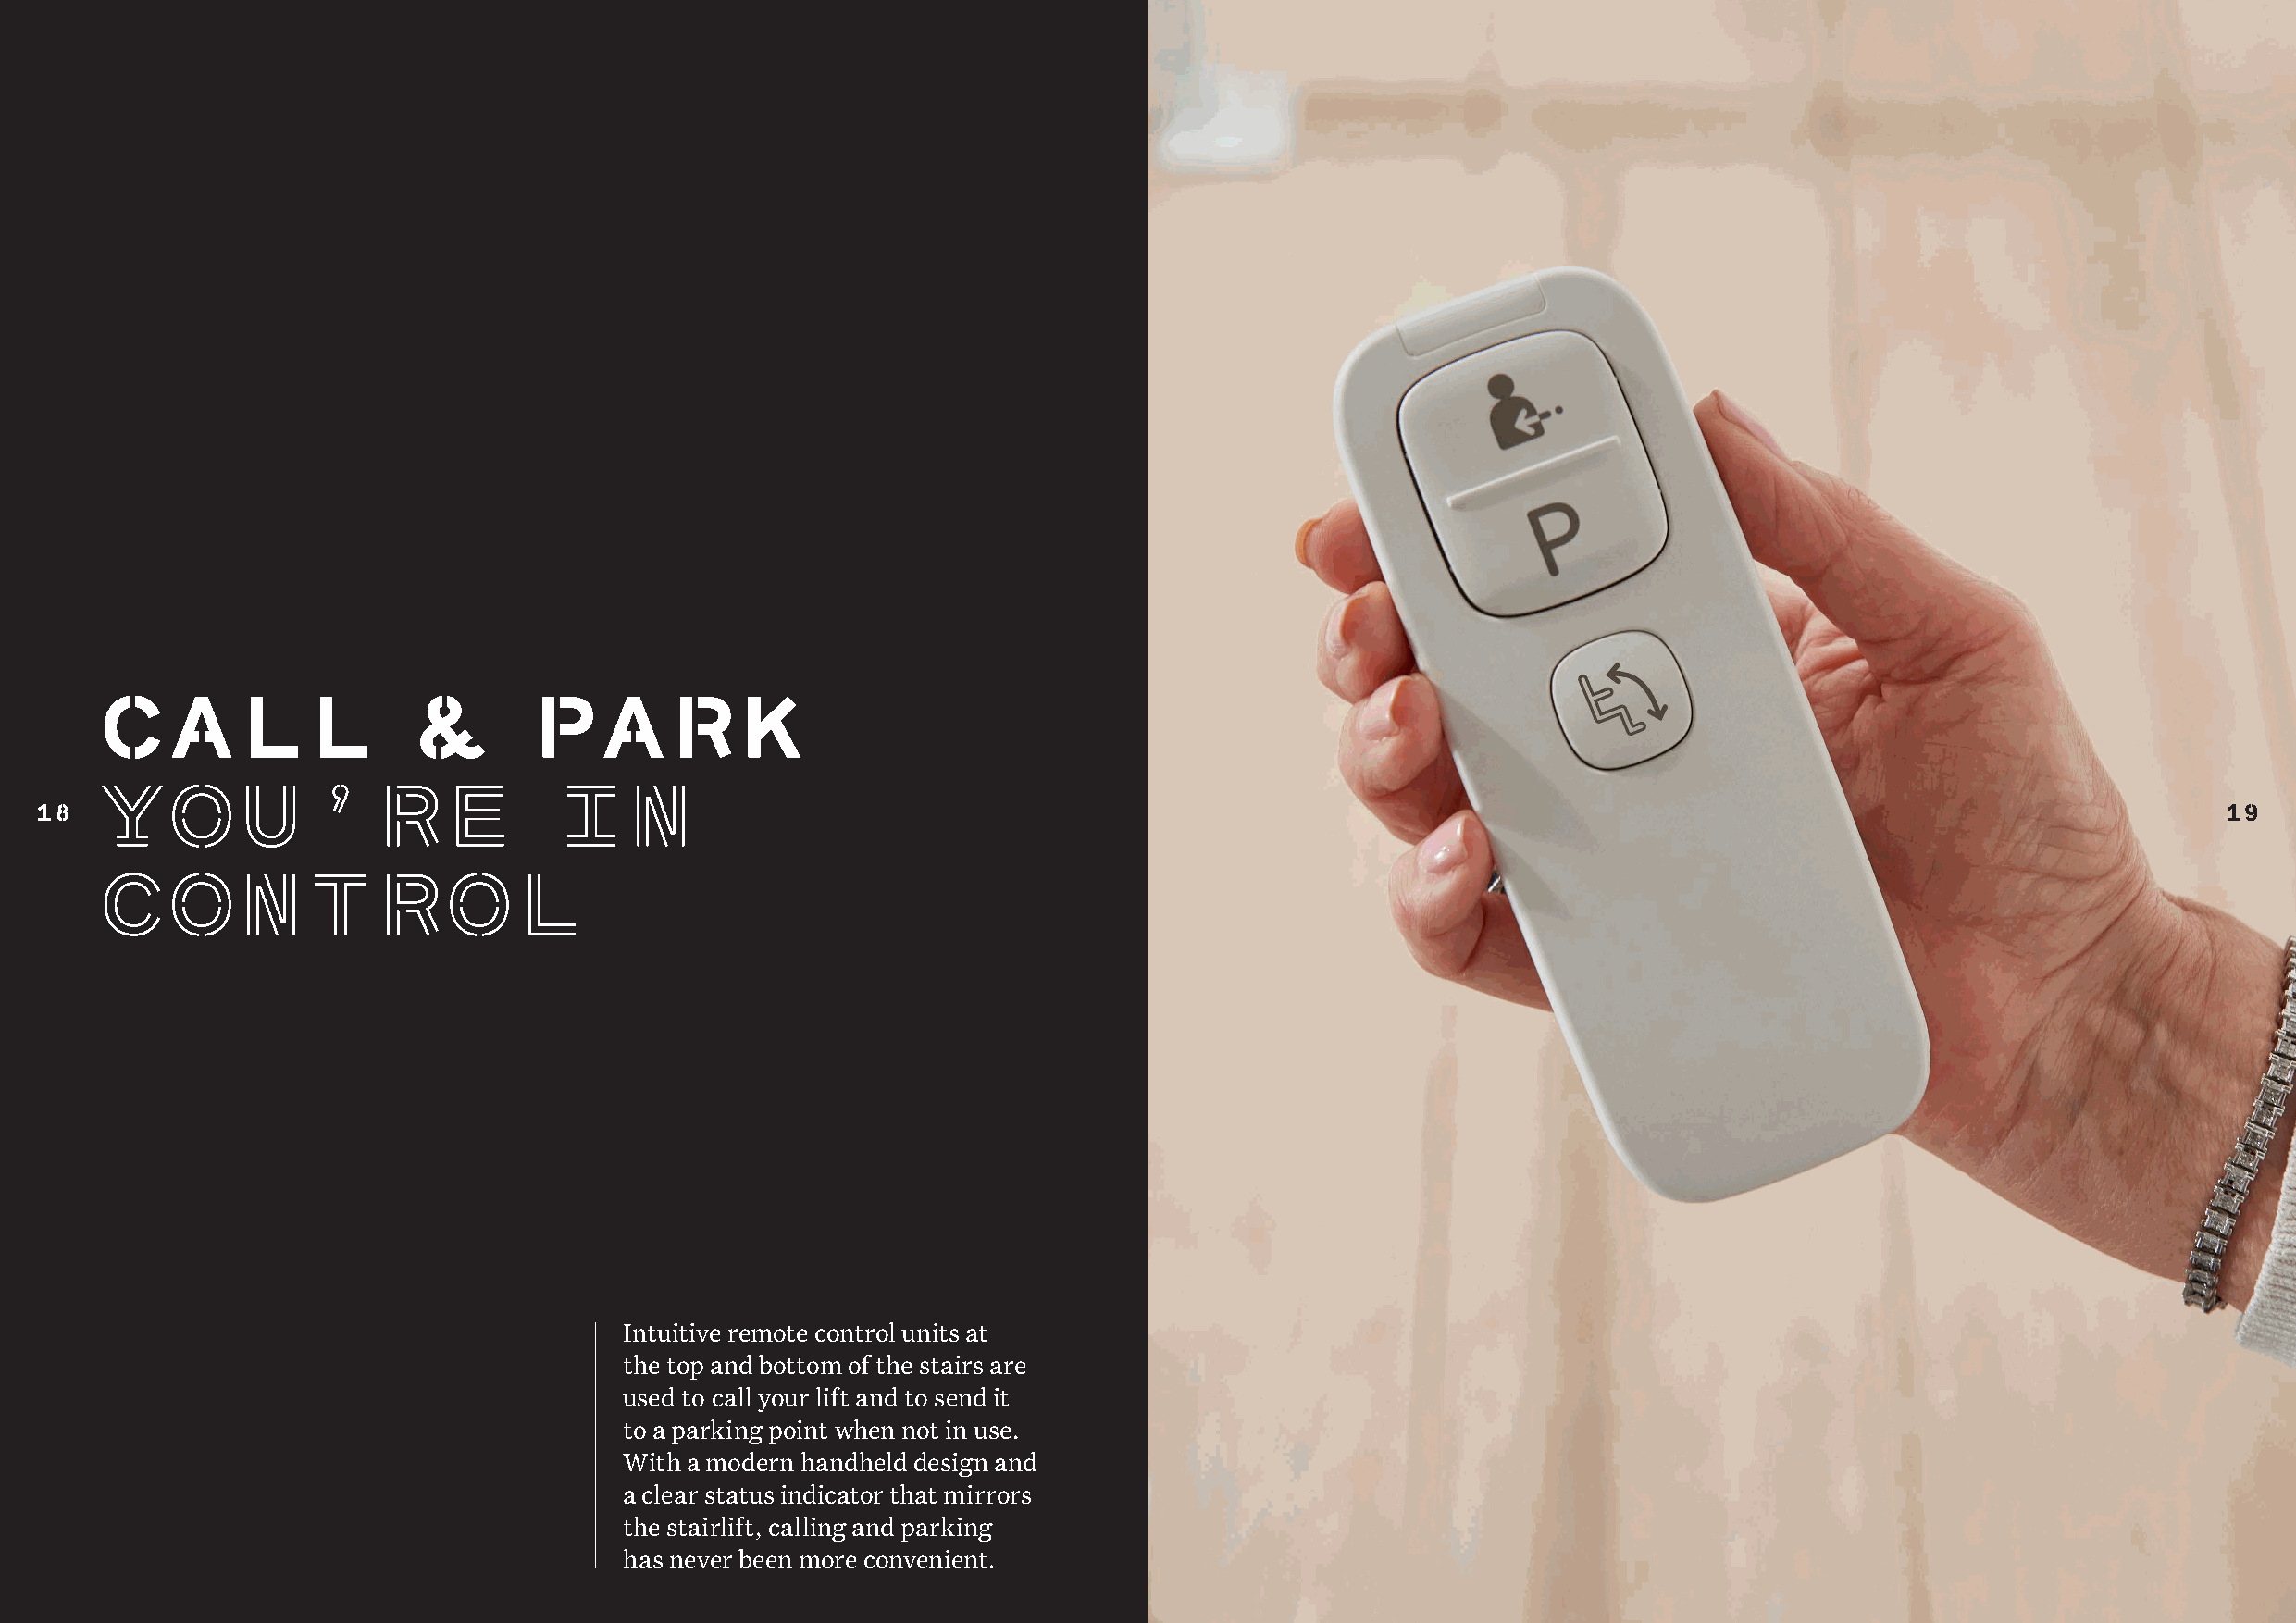
cALL                   &       pArK
 YOu’rE                          iN
 18                                                                                                                                                          19
 CONTrOL
 Intuitive remote control units at
 the top and bottom of the stairs are
 used to call your lift and to send it
 to a parking point when not in use.
 With a modern handheld design and
 a clear status indicator that mirrors
 the stairlift, calling and parking
 has never been more convenient.